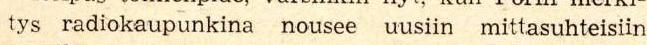
tys radiokaupunkina nousee uusiin mittasuhteisiin